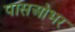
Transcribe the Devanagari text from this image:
पासओभर